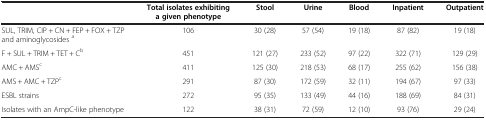
<table><thead><tr><td><b> </b></td><td><b>Total isolates exhibiting a given phenotype</b></td><td><b>Stool</b></td><td><b>Urine</b></td><td><b>Blood</b></td><td><b>Inpatient</b></td><td><b>Outpatient</b></td></tr></thead><tbody><tr><td>SUL, TRIM, CIP + CN + FEP + FOX + TZP and aminoglycosides <sup>a</sup></td><td>106</td><td>30 (28)</td><td>57 (54)</td><td>19 (18)</td><td>87 (82)</td><td>19 (18)</td></tr><tr><td>F + SUL + TRIM + TET + C<sup>b</sup></td><td>451</td><td>121 (27)</td><td>233 (52)</td><td>97 (22)</td><td>322 (71)</td><td>129 (29)</td></tr><tr><td>AMC + AMS<sup>c</sup></td><td>411</td><td>125 (30)</td><td>218 (53)</td><td>68 (17)</td><td>255 (62)</td><td>156 (38)</td></tr><tr><td>AMS + AMC + TZP<sup>c</sup></td><td>291</td><td>87 (30)</td><td>172 (59)</td><td>32 (11)</td><td>194 (67)</td><td>97 (33)</td></tr><tr><td>ESBL strains</td><td>272</td><td>95 (35)</td><td>133 (49)</td><td>44 (16)</td><td>188 (69)</td><td>84 (31)</td></tr><tr><td>Isolates with an AmpC-like phenotype</td><td>122</td><td>38 (31)</td><td>72 (59)</td><td>12 (10)</td><td>93 (76)</td><td>29 (24)</td></tr></tbody></table>